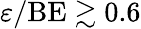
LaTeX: \varepsilon/\textrm{BE}\gtrsim 0.6